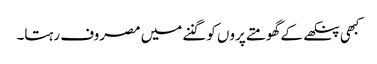
کبھی پنکھے کے گھومتے پروں کو گننے میں مصروف رہتا۔